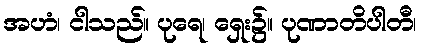
အဟံ၊ ငါသည်။ ပုရေ၊ ရှေး၌။ ပုဏာတိပါတီ၊